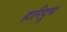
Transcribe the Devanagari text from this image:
हारिद्रुम